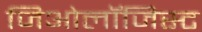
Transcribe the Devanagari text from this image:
जिओलॉजिस्ट